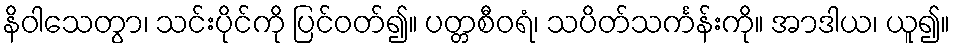
နိဝါသေတွာ၊ သင်းပိုင်ကို ပြင်ဝတ်၍။ ပတ္တစီဝရံ၊ သပိတ်သင်္ကန်းကို။ အာဒါယ၊ ယူ၍။